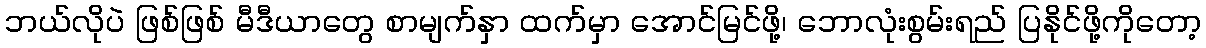
ဘယ်လိုပဲ ဖြစ်ဖြစ် မီဒီယာတွေ စာမျက်နှာ ထက်မှာ အောင်မြင်ဖို့၊ ဘောလုံးစွမ်းရည် ပြနိုင်ဖို့ကိုတော့